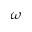
\omega